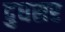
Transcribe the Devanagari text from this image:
दुधसर